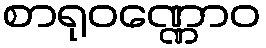
စာရုဝဏ္ဏောဝ